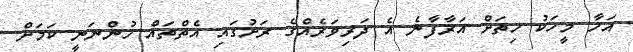
އަހާ މީހަކު ހިތަށް އަރާފާނެ އެ ދަރިވަރެއްގެ ރަށުގައި އެތްތައް ހުންނަނީ ކަމަށް